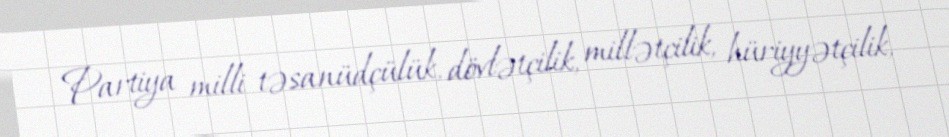
Partiya milli təsanüdçülük, dövlətçilik, millətçilik, hüriyyətçilik,